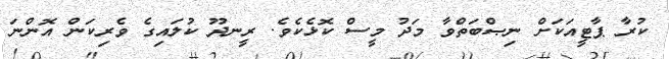
ކުރާ ޕާޓީއަކަށް ނިޞްބަތްވާ މަދު މީސް ކޮޅެކެވެ. ރީނދޫ ކުލައިގެ ވެރިކަން އޮންނަ